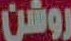
روشن